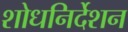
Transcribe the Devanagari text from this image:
शोधनिर्देशन